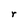
Character: r